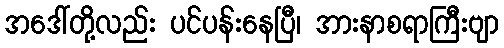
အဒေါ်တို့လည်း ပင်ပန်းနေပြီ၊ အားနာစရာကြီးဗျာ